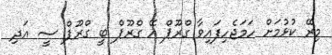
މިރޭ ކުޅުމަށް ހަމަޖެހިފައިވާ ގްރޫޕް އޭ ގްރޫޕް ބީ ގްރޫޕް ސީ އަދި